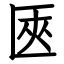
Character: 匧